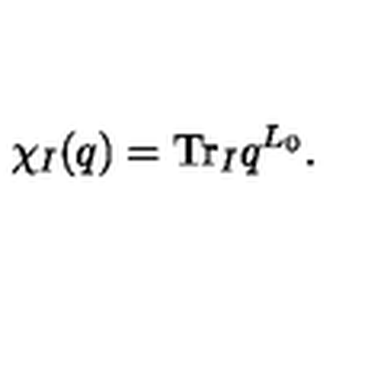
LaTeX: \chi _ { I } ( q ) = \mathrm { T r } _ { I } q ^ { L _ { 0 } } .